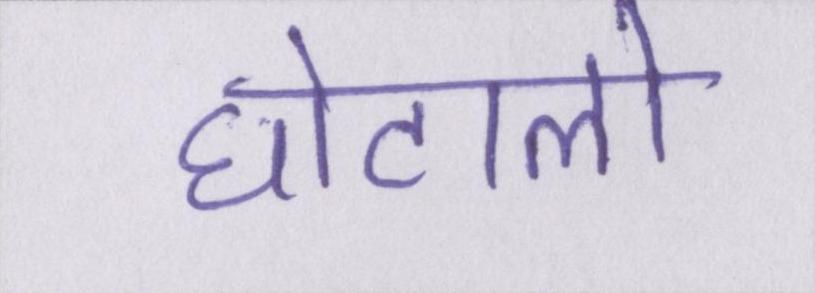
घोटालो